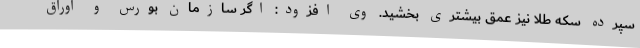
سپرده سکه طلا نیز عمق بیشتری بخشید. وی افزود: اگر سازمان بورس و اوراق